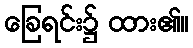
ခြေရင်း၌ ထား၏။